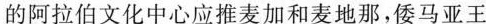
的阿拉伯文化中心应推麦加和麦地那，倭马亚王